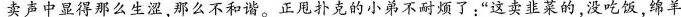
卖声中显得那么生涩，那么不和谐。正甩扑克的小弟不耐烦了：”这卖韭菜的，没吃饭，绵羊